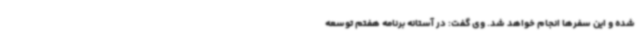
شده و این سفرها انجام خواهد شد. وی گفت: در آستانه برنامه هفتم توسعه